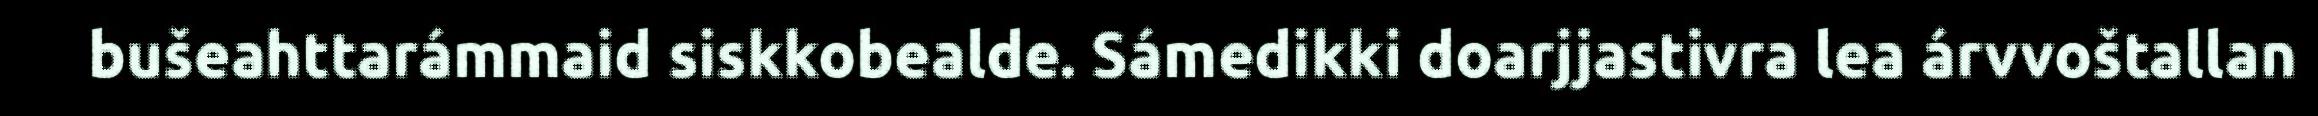
bušeahttarámmaid siskkobealde. Sámedikki doarjjastivra lea árvvoštallan